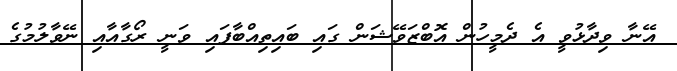
އޭނާ ވިދާޅުވީ އެ ދެމީހުން އޮބްޒަވޭޝަން ގައި ބައިތިއްބާފައި ވަނީ ރޯގާއާއި ނޭވާލުމުގެ